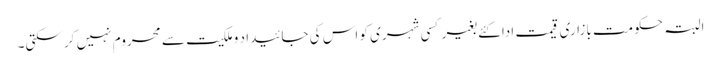
البتہ حکومت بازاری قیمت ادا کئے بغیر کسی شہری کو اس کی جائیدا د وملکیت سے محروم نہیں کر سکتی۔